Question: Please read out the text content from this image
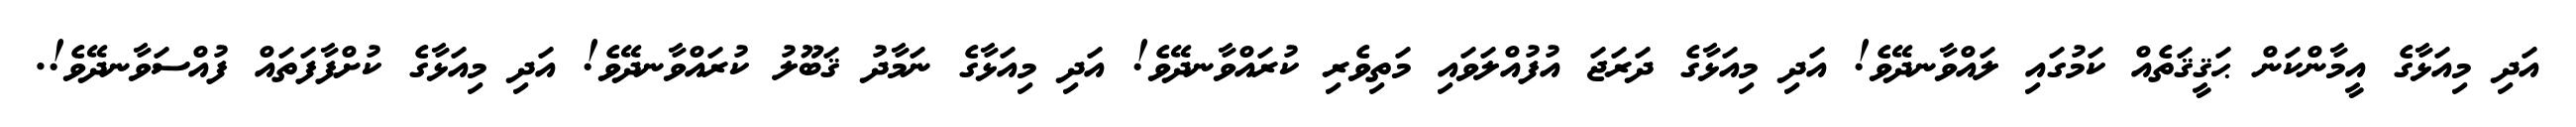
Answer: އަދި މިއަޅާގެ އީމާންކަން ޙަޤީޤަތެއް ކަމުގައި ލައްވާނދޭވެ! އަދި މިއަޅާގެ ދަރަޖަ އުފުއްލަވައި މަތިވެރި ކުރައްވާނދޭވެ! އަދި މިއަޅާގެ ނަމާދު ޤަބޫލު ކުރައްވާނދޭވެ! އަދި މިއަޅާގެ ކުށްފާފަތައް ފުއްސަވާނދޭވެ!.